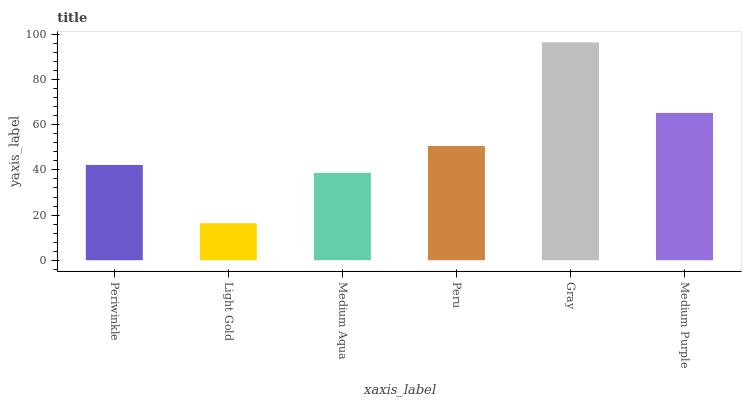
| xaxis_label | bars |
 | --- | --- |
 | Periwinkle | 42.2 |
 | Light Gold | 16.4 |
 | Medium Aqua | 38.7 |
 | Peru | 50.6 |
 | Gray | 96.5 |
 | Medium Purple | 65.2 |